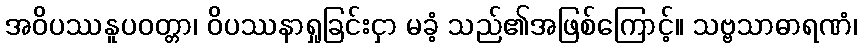
အဝိပဿနူပဝတ္တာ၊ ဝိပဿနာရှုခြင်းငှာ မခံ့ သည်၏အဖြစ်ကြောင့်။ သဗ္ဗသာဓာရဏံ၊